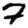
Digit: 7